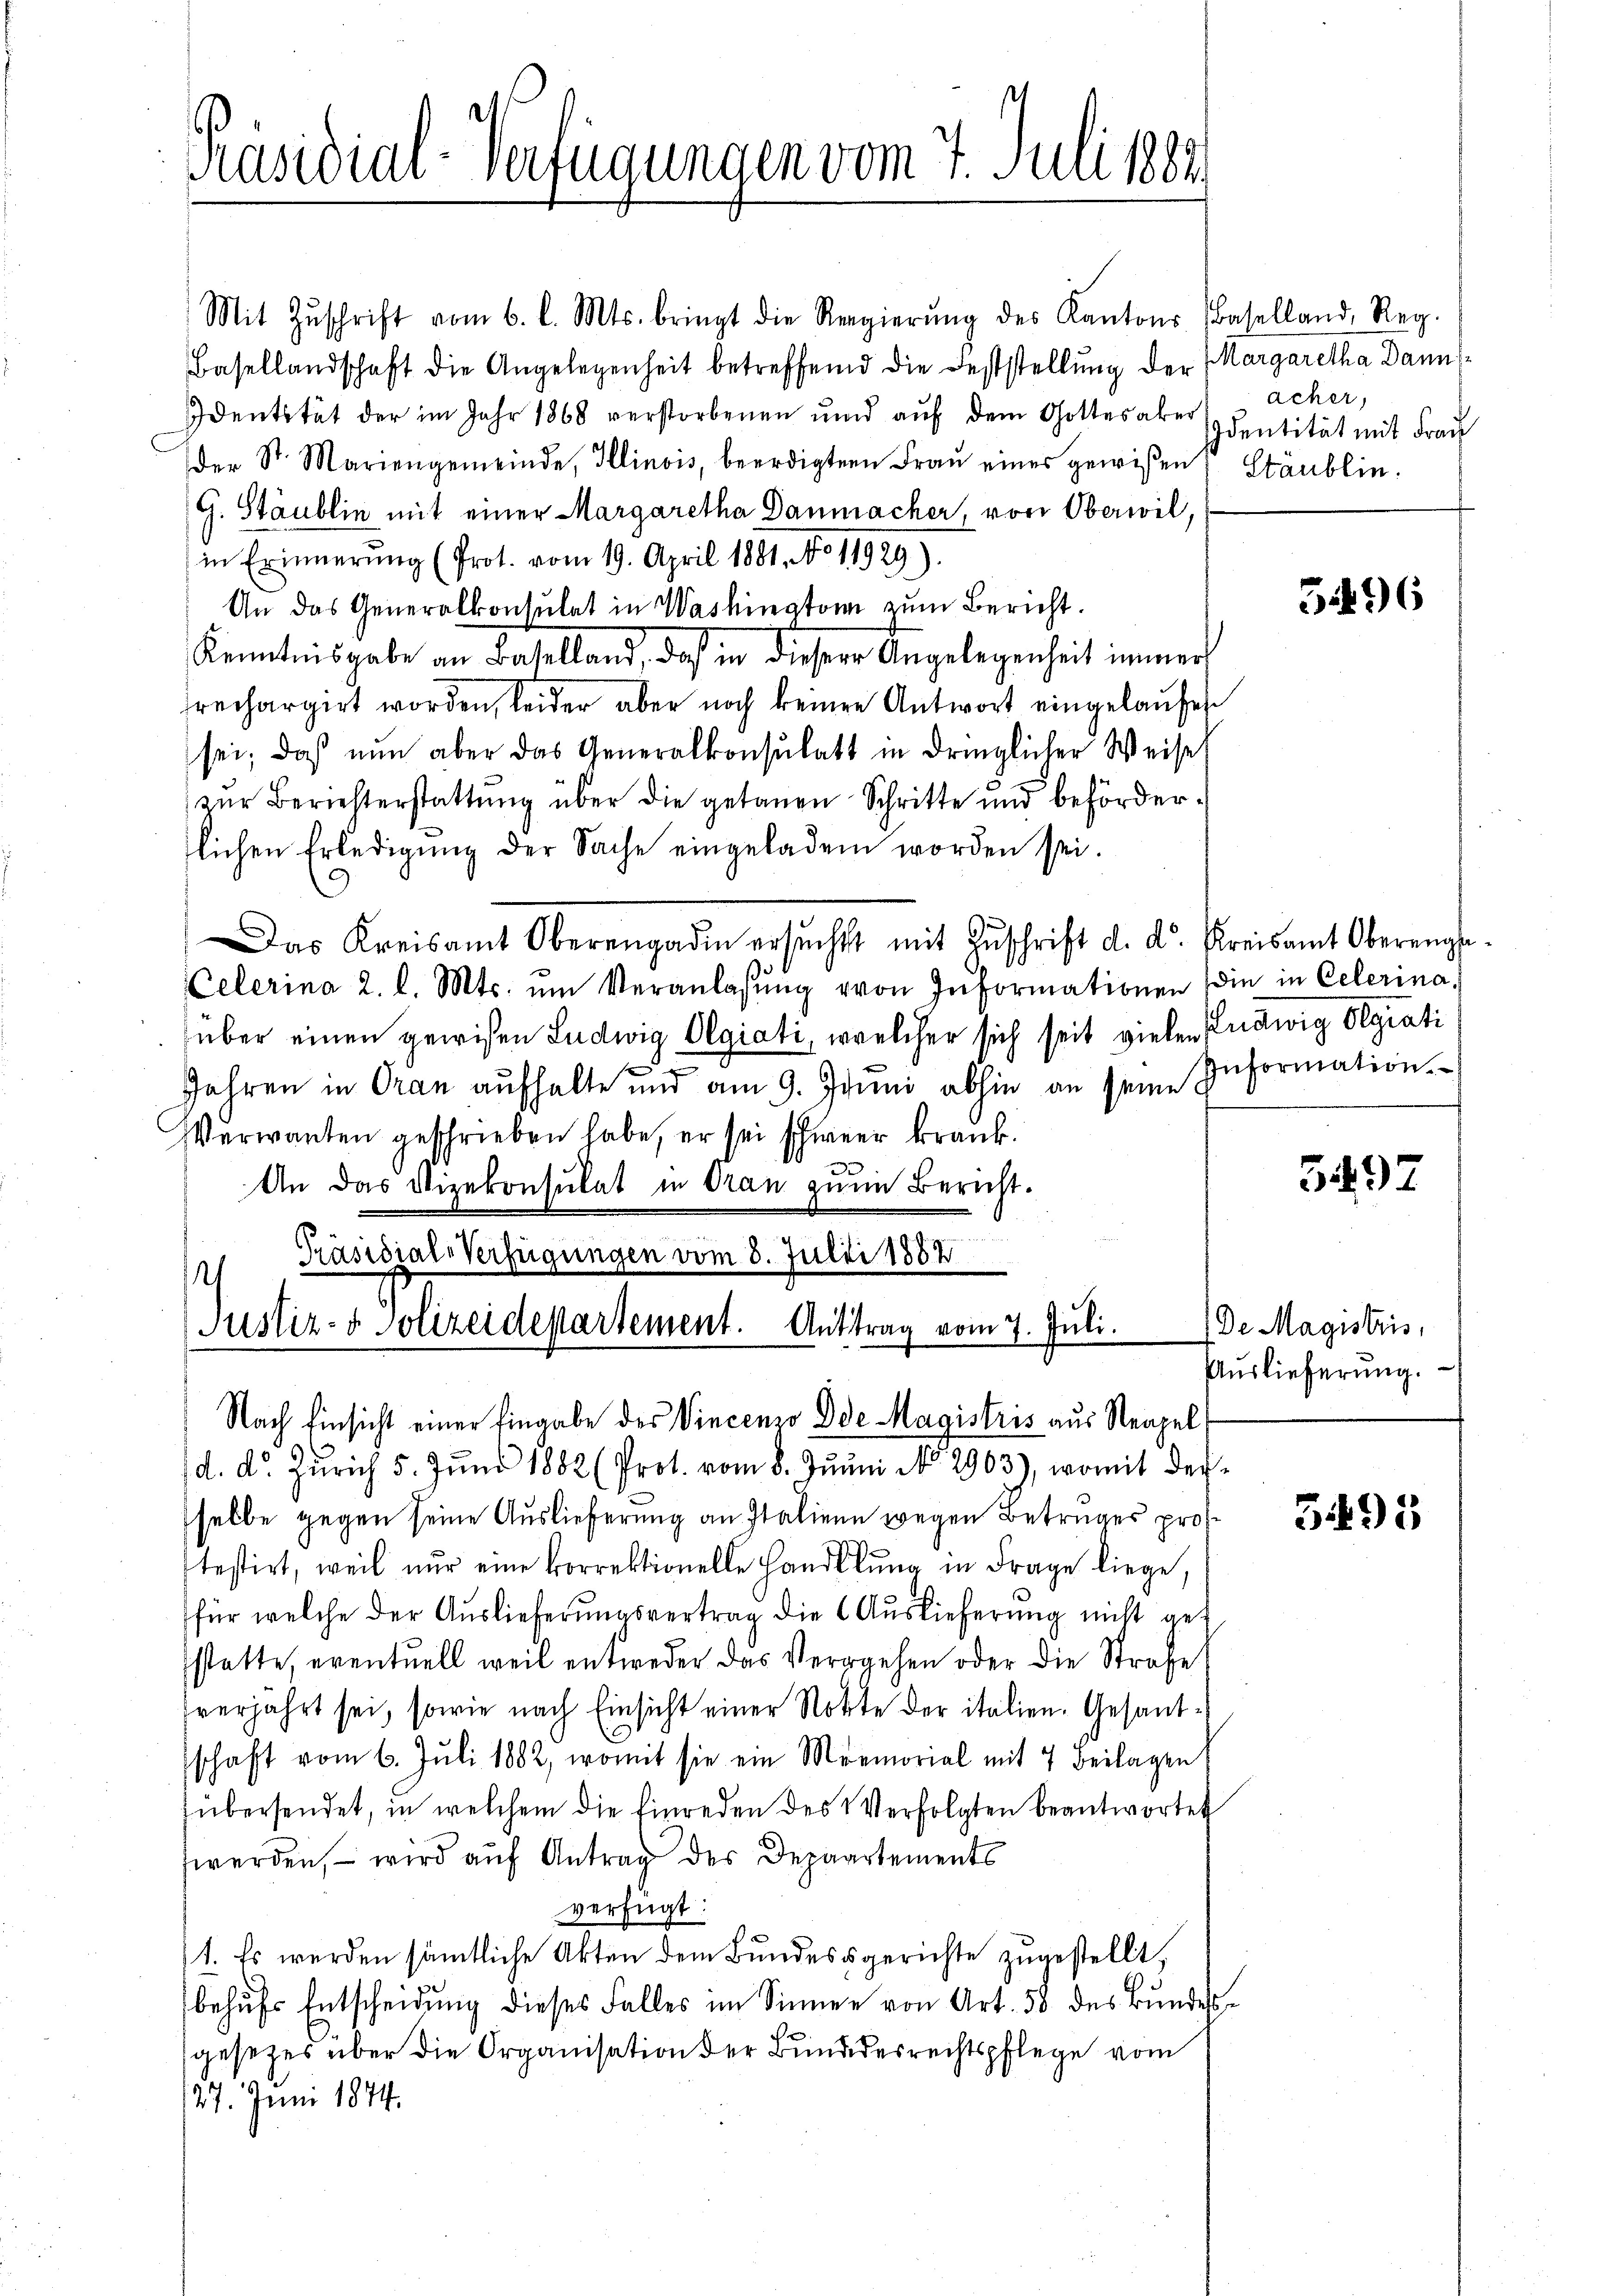
Präsidial-Verfügungen vom 7. Juli 1882.

Justiz- & Polizeidepartement. Antrag vom 7. Juli.

Mit Zŭschrift vom 6. l. Mts. bringt die Regierŭng des Kantons Baselland, Reg.
Basellandschaft die Angelegenheit betreffend die Feststellung der Margaretha Dann
Identität der im Jahr 1868 verstorbenen ŭnd aŭf dem Gottes aber Identität mit Fraŭ
der St. Mariengemeinde, Illinois, beerdigten Frau eines gewißen Stäublin¬
G. Stäublin mit einer Margaretha Danmacher, von Oberwil,
in Erinnerung (Prot. vom 19. April 1881. No 11929).
An das Generalkonsulat in Washington zum Bericht.
Kenntnisgabe an Baselland, daß in dieser Angelegenheit immer
rechargirt worden, leider aber noch keinen Antwort eingelaŭfen
sei; daß nun aber das Generalkonsulatt in dringlicher Weise
zŭr Berichterstattung über die getanen Schritte und behörderlichen Erledigŭng der Sache eingeladen worden sei.
9
Das Kreisamt Oberengadin ersŭcht mit Zŭschrift d. d. Kreisamt Oberenge-
Celerina 2. l. Mts. ŭm Veranlassŭng von Informationen (die in Celerina
über einen gewisen Ludwig Olgiati, welcher sich seit vielen Ludwig Hegiati
Jahren in Oran aufhalte und am 9. Juni abhin an seine Information.
Verwanten geschrieben habe, er sei schwer krank.
An das Vizekonsulat in dran zum Bericht.
Präsidial-Verfügungen vom 8. Julii 1882
¬

acher,

Nach Einsicht einer Eingabe des Vincenzo Die Magistris aus Neapel
d. d. Zürich 5. Jŭni 1882 (Prot. vom 8. Junii No. 2963), womit derselbe gegen seine Auslieferung an Italiene wegen Betruges prostestirt, weil nur eine korrektionelle Handlŭng in Frage liege,
für welche der Auslieferŭngsvertrag die Auslieferŭng nicht get
sstatte, eventuell weil entweder das Vergehen oder die Strafe
verjahrt sei, sowie nach Einsicht einer Notte der italien. Gesandschaft vom 6. Juli 1882, womit sie ein Memorial mit 7 Beilagen
fübersendet, in welchem die Einreden des Verfolgten beantwortet
werden, – wird auf Antrag des Depaartements
verfügt:
1. Es werden sämmtliche Akten dem Bundesgerichte zugestellt,
behŭfs Entscheidŭng dieses Falles im Sinner von Art. 58 des Bŭndes
gesetzes über die Organisation der Bundesrechtspflege vom
27. Juni 1874.

51496

5497

De Magistris,
Auslieferung.

5495